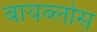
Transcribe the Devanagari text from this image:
बायब्लोस